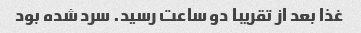
غذا بعد از تقریبا دو ساعت رسید. سرد شده بود